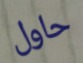
حاول